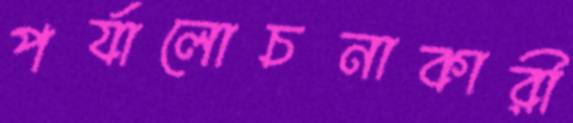
পর্যালোচনাকারী